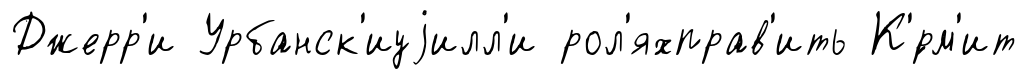
Джерр'и Урбанск'иуjилл'и рол'яхправ'ить К'́рм'ит